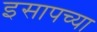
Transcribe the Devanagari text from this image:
इसापच्या